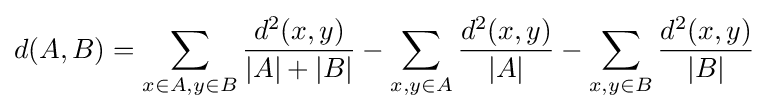
d(A,B)=\sum _{x\in A,y\in B}{\frac {d^{2}(x,y)}{|A|+|B|}}-\sum _{x,y\in A}{\frac {d^{2}(x,y)}{|A|}}-\sum _{x,y\in B}{\frac {d^{2}(x,y)}{|B|}}